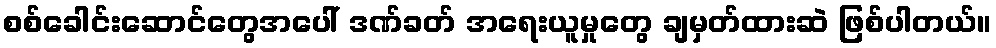
စစ်ခေါင်းဆောင်တွေအပေါ် ဒဏ်ခတ် အရေးယူမှုတွေ ချမှတ်ထားဆဲ ဖြစ်ပါတယ်။